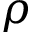
\rho